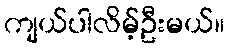
ကျယ်ပါလိမ့်ဦးမယ်။